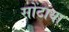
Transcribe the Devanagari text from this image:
सोंटाया